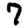
Digit: 7